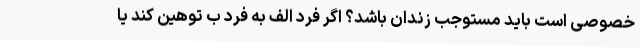
خصوصی است باید مستوجب زندان باشد؟ اگر فرد الف به فرد ب توهین کند یا